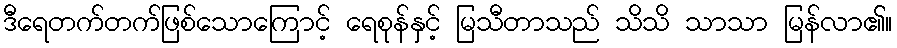
ဒီရေတက်တက်ဖြစ်သောကြောင့် ရေစုန်နှင့် မြသီတာသည် သိသိ သာသာ မြန်လာ၏။